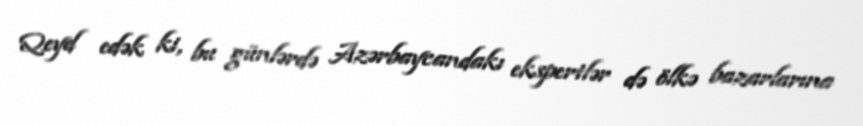
Qeyd edək ki, bu günlərdə Azərbaycandakı ekspertlər də ölkə bazarlarına